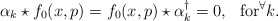
\begin{align*}\alpha_k \star f_0(x,p)=f_0(x,p) \star \alpha_k^\dagger=0, ~~{\rm for} ^\forall k.\end{align*}